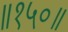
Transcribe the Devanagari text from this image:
॥१५०॥